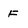
Character: F